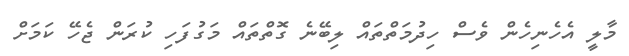
މާލީ އެހެނިހެން ވެސް ހިދުމަތްތައް ލިބޭނެ ގޮތްތައް މަގުފަހި ކުރަން ޖެހޭ ކަމަށް